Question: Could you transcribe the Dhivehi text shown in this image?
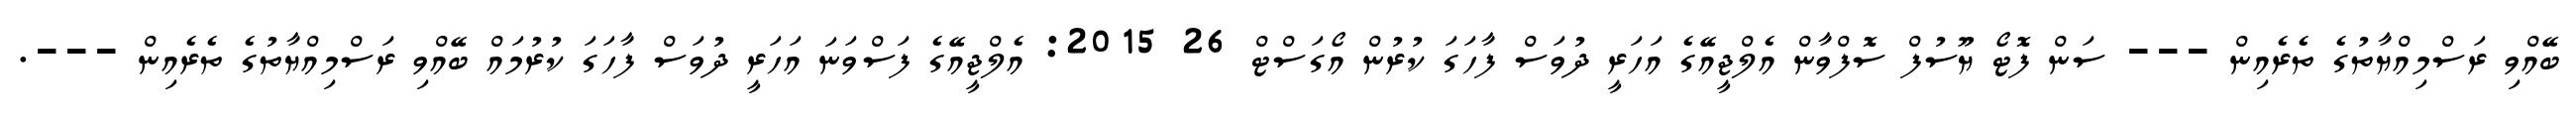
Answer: ބޭއްވި ރަސްމިއްޔާތުގެ ތެރެއިން --- ސަން ފޮޓޯ ޔޫސުފް ސޮފްވާން އެލްޖީއޭގެ އަހަރީ ދުވަސް ފާހަގަ ކުރުން އޯގަސްޓް 26 2015: އެލްޖީއޭގެ ފަސްވަނަ އަހަރީ ދުވަސް ފާހަގަ ކުރުމައް ބޭއްވި ރަސްމިއްޔާތުގެ ތެރެއިން ---.